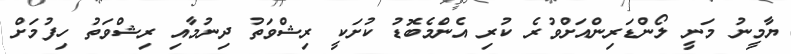
ޔާމީނު މަނީ ލޯންޑަރިންއަށްވުރެ ކުރި އެންމެބޮޑު ކުށަކީ ރިޝްވަތު ދިނުމާއި ރިޝްވަތު ހިފުމަށް